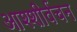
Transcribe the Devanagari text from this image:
आश्शीर्वचन